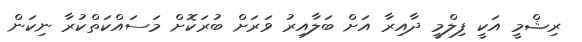
ރިޝްމީ އަކީ ފިލްމީ ދާއިރާ އަށް ބަލާއިރު ވަރަށް ބުރަކޮށް މަސައްކަތްކުރާ ނިކަން